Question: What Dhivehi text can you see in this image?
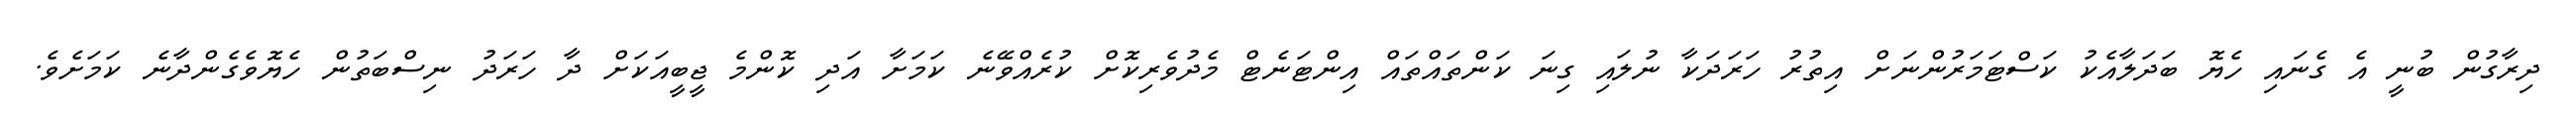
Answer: ދިރާގުން ބުނީ އެ ގެނައި ހެޔޮ ބަދަލާއެކު ކަސްޓަމަރުންނަށް އިތުރު ހަރަދަކާ ނުލައި ގިނަ ކަންތައްތައް އިންޓަނެޓް މެދުވެރިކޮށް ކުރެއްވޭނެ ކަމަށާ އަދި ކޮންމެ ޖީބީއަކަށް ދާ ހަރަދު ނިސްބަތުން ހެޔޮވެގެންދާނެ ކަމަށެވެ.